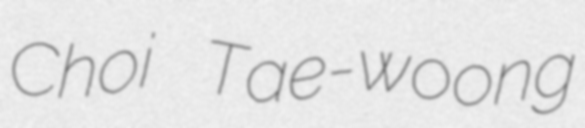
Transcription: Choi Tae-woong